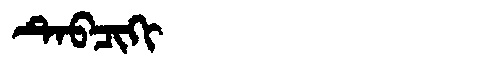
Manchu: ᡨᡝᠪᠴᡳᡴᡳ
Romanization: TEBCIKI